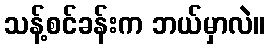
သန့်စင်ခန်းက ဘယ်မှာလဲ။